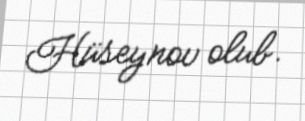
Hüseynov olub.